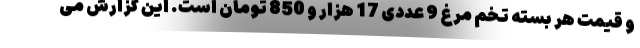
و قیمت هر بسته تخم مرغ 9 عددی 17 هزار و 850 تومان است. این گزارش می